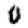
Digit: 0